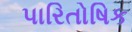
પારિતોષિક